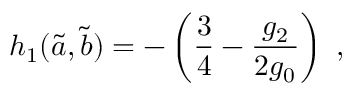
h _ { 1 } ( \tilde { a } , \tilde { b } ) = - \left( \frac { 3 } { 4 } - \frac { g _ { 2 } } { 2 g _ { 0 } } \right) ~ ,